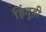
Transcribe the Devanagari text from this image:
हिंदुही